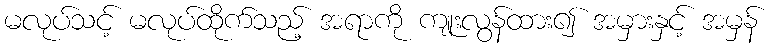
မလုပ်သင့် မလုပ်ထိုက်သည့် အရာကို ကျုးလွန်ထား၍ အမှားနှင့် အမှန်